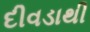
દીવડાથી